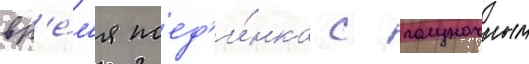
вр'е́м'я поед'и́нка с полуночным